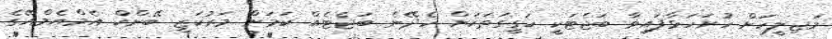
މަޖިލީހަށް ހުށަހަޅާފައިވާ ބަޖެޓަކީ ހަގީގަތަކަށް ހެދޭނެ ބަޖެޓެއް ކަމަށް މަރުކަޒީ ބޭންކް އެމްއެމްއޭގެ